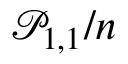
\mathcal { P } _ { 1 , 1 } / n